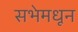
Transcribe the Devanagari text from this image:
सभेमधून